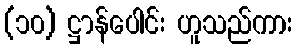
(၁၀) ဋ္ဌာန်ပေါင်း ဟူသည်ကား